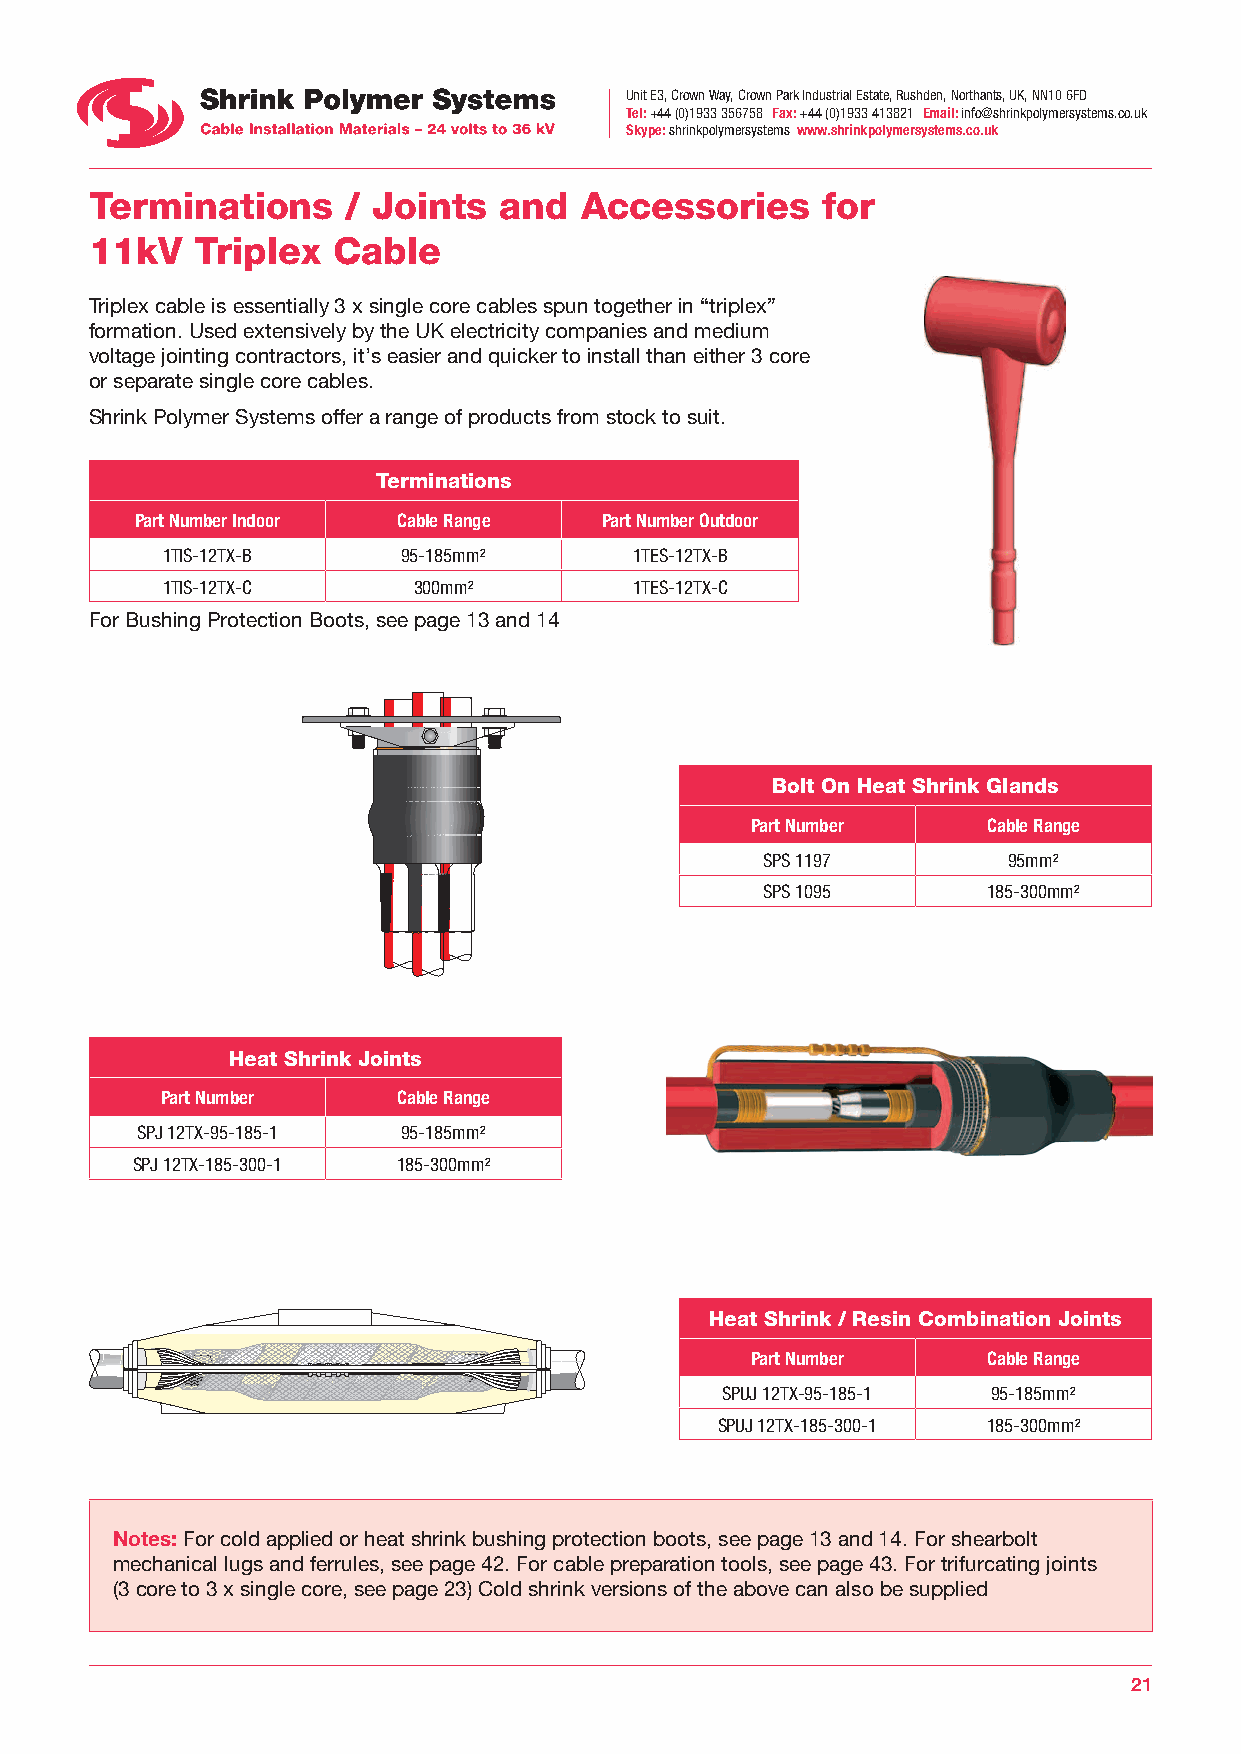
Unit E3, Crown Way, Crown Park Industrial Estate, Rushden, Northants, UK, NN10 6FD
 Tel: +44 (0)1933 356758 Fax: +44 (0)1933 413821 Email: info@shrinkpolymersystems.co.uk
 Skype: shrinkpolymersystems www.shrinkpolymersystems.co.uk
 Terminations     / Joints  and  Accessories     for
 11kV   Triplex  Cable
 Triplex cable is essentially 3 x single core cables spun together in “triplex”
 formation. Used extensively by the UK electricity companies and medium
 voltage jointing contractors, it’s easier and quicker to install than either 3 core
 or separate single core cables.
 Shrink Polymer Systems offer a range of products from stock to suit.
 Terminations
 Part Number Indoor Cable Range Part Number Outdoor
 1TIS-12TX-B     95-185mm²      1TES-12TX-B
 1TIS-12TX-C     300mm²         1TES-12TX-C
 For Bushing Protection Boots, see page 13 and 14
 Bolt On Heat Shrink Glands
 Part Number    Cable Range
 SPS 1197         95mm²
 SPS 1095       185-300mm²
 Heat Shrink Joints
 Part Number    Cable Range
 SPJ 12TX-95-185-1 95-185mm²
 SPJ 12TX-185-300-1 185-300mm²
 Heat Shrink / Resin Combination Joints
 Part Number    Cable Range
 SPUJ 12TX-95-185-1 95-185mm²
 SPUJ 12TX-185-300-1 185-300mm²
 Notes: For cold applied or heat shrink bushing protection boots, see page 13 and 14. For shearbolt
 mechanical lugs and ferrules, see page 42. For cable preparation tools, see page 43. For trifurcating joints
 (3 core to 3 x single core, see page 23) Cold shrink versions of the above can also be supplied
 21